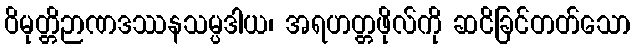
ဝိမုတ္တိဉာဏဒဿနသမ္ပဒါယ၊ အရဟတ္တဖိုလ်ကို ဆငိခြင်တတ်သော